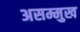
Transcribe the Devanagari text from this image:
असम्मुख